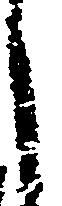
し